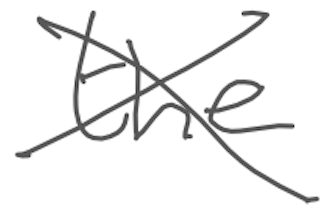
Text: the
Cross-out: mix
Writing tool: digital_gray